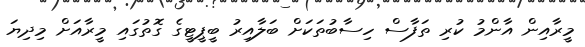
މީރާއިން އާންމު ކުރި ތަފާސް ހިސާބުތަކަށް ބަލާއިރު ބީޕީޓީގެ ގޮތުގައި މީރާއަށް މިދިޔަ